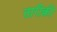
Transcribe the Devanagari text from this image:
तारीक़ी